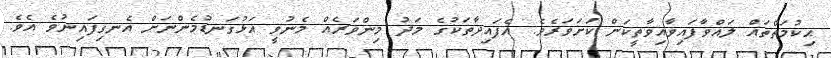
ޙިކުމަތްތައް ލައްވާފައިވާއިވާތީކަން ކަށަވަރެވެ. އެފައިދާތަކުގެ މަދު މިންވަރެއް މެނުވީ އަޅުގަނޑުމެންނަށް އެނގިފައިނުވެ އެވެ.